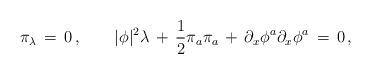
LaTeX: \begin{align*}\pi_\lambda\, =\, 0\, , \qquad |\phi|^2\lambda\, +\, {1\over 2}\pi_a \pi_a\, +\, \partial_x \phi^a \partial_x \phi^a\, =\, 0\, ,\end{align*}